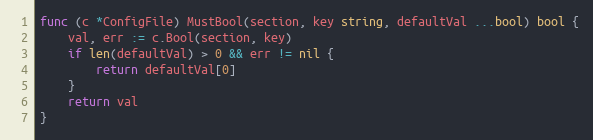
Language: Go
func (c *ConfigFile) MustBool(section, key string, defaultVal ...bool) bool {
	val, err := c.Bool(section, key)
	if len(defaultVal) > 0 && err != nil {
		return defaultVal[0]
	}
	return val
}